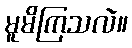
မူမိကြသလဲ။